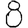
Digit: 8